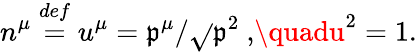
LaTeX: n^{\mu}\stackrel{def}{=}u^{\mu}=\mathfrak{p}^{\mu}/\sqrt{}{{\mathfrak{p}^{2}}}\mathrm{{~,}}\quadu^{2}=1\mathrm{{.}}